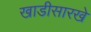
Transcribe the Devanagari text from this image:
खाडीसारखे